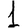
Digit: 1